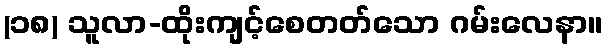
(၁၈) သူလာ-ထိုးကျင့်စေတတ်သော ဂမ်းလေနာ။